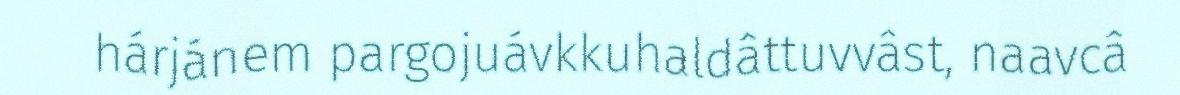
hárjánem pargojuávkkuhaldâttuvvâst, naavcâ